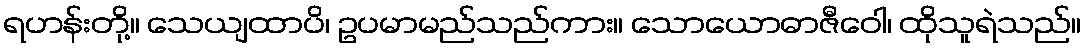
ရဟန်းတို့။ သေယျထာပိ၊ ဥပမာမည်သည်ကား။ သောယောဓာဇီဝေါ၊ ထိုသူရဲသည်။